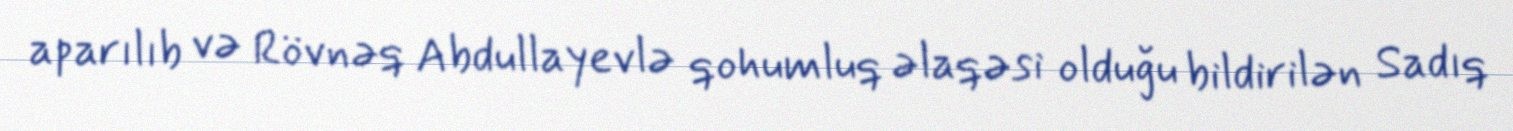
aparılıb və Rövnəq Abdullayevlə qohumluq əlaqəsi olduğu bildirilən Sadıq